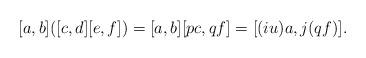
LaTeX: \begin{align*} [a,b]([c,d][e,f]) = [a,b][pc,qf] = [(iu)a,j(qf)].\end{align*}